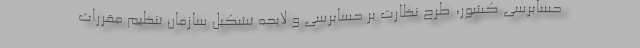
حسابرسی کشور، طرح نظارت بر حسابرسی و لایحه تشکیل سازمان تنظیم مقررات